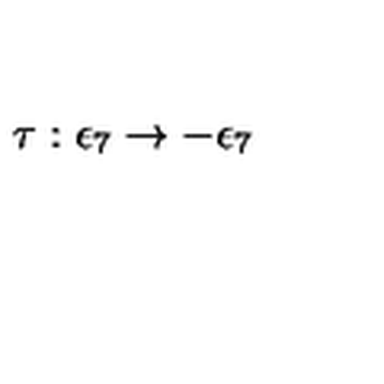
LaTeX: \tau : \epsilon _ { 7 } \rightarrow - \epsilon _ { 7 }